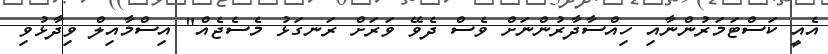
އެއީ ކަސްޓަމަރުންނާއި ހިއްސާދާރުންނަށް ވެސް ދެވޭ ވަރަށް ރަނގަޅު މެސެޖެއް" އިސްމާއިލް ވިދާޅުވި